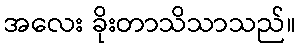
အလေး ခိုးတာသိသာသည်။